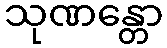
သုဏန္တော